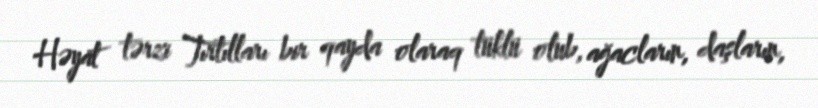
Həyat tərzi Tırtılları bir qayda olaraq tüklü olub, ağacların, daşların,